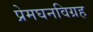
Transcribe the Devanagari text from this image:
प्रेमघनविग्रह